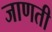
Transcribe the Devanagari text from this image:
जाणती